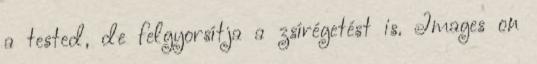
a tested, de felgyorsítja a zsírégetést is. Images on